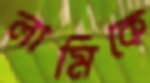
লামিকে